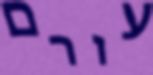
עורם